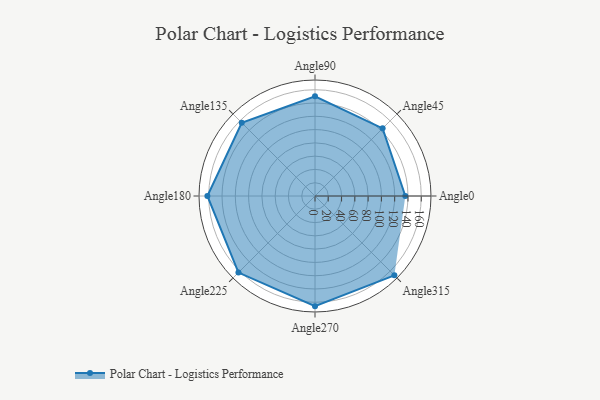
{"axis": {"x": "Angle", "y": "Radius"}, "legend": [""], "data": [{"x": "Angle0", "y": 136.0, "type": ""}, {"x": "Angle45", "y": 144.0, "type": ""}, {"x": "Angle90", "y": 150.0, "type": ""}, {"x": "Angle135", "y": 156.0, "type": ""}, {"x": "Angle180", "y": 162.0, "type": ""}, {"x": "Angle225", "y": 163.0, "type": ""}, {"x": "Angle270", "y": 166.0, "type": ""}, {"x": "Angle315", "y": 169.0, "type": ""}]}